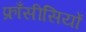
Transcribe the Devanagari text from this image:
फ्राँसीसियों